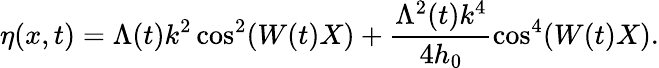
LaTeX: \eta(x,t)=\Lambda(t)k^{2}\cos^{2}(W(t)X)+\frac{\Lambda^{2}(t)k^{4}}{4h_{0}}\cos^{4}(W(t)X).